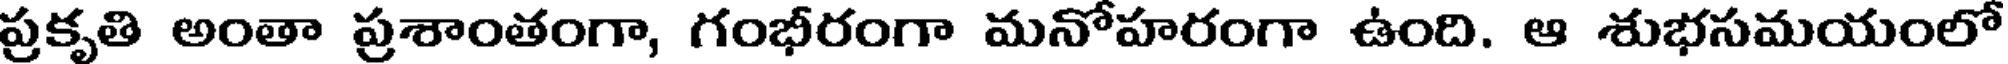
ప్రకృతి అంతా ప్రశాంతంగా, గంభీరంగా మనోహరంగా ఉంది. ఆ శుభసమయంలో